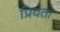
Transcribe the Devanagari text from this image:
प्रियंता